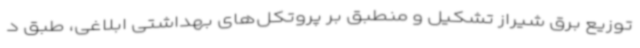
توزیع برق شیراز تشکیل و منطبق بر پروتکل‌های بهداشتی ابلاغی، طبق د